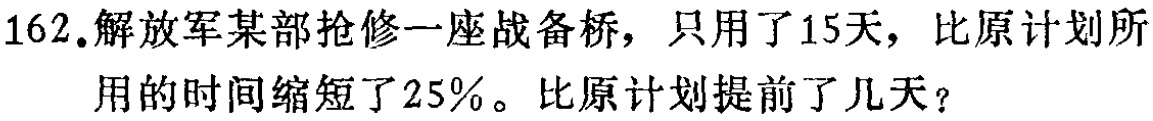
162.解放军某部抢修一座战备桥，只用了15天，比原计划所用的时间缩短了25%。比原计划提前了几天？